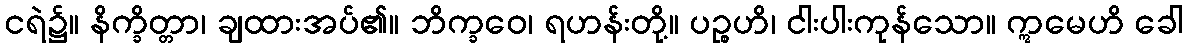
ငရဲ၌။ နိက္ခိတ္တာ၊ ချထားအပ်၏။ ဘိက္ခဝေ၊ ရဟန်းတို့။ ပဉ္စဟိ၊ ငါးပါးကုန်သော။ ဣမေဟိ ခေါ